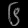
Digit: ၆